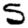
Digit: 5